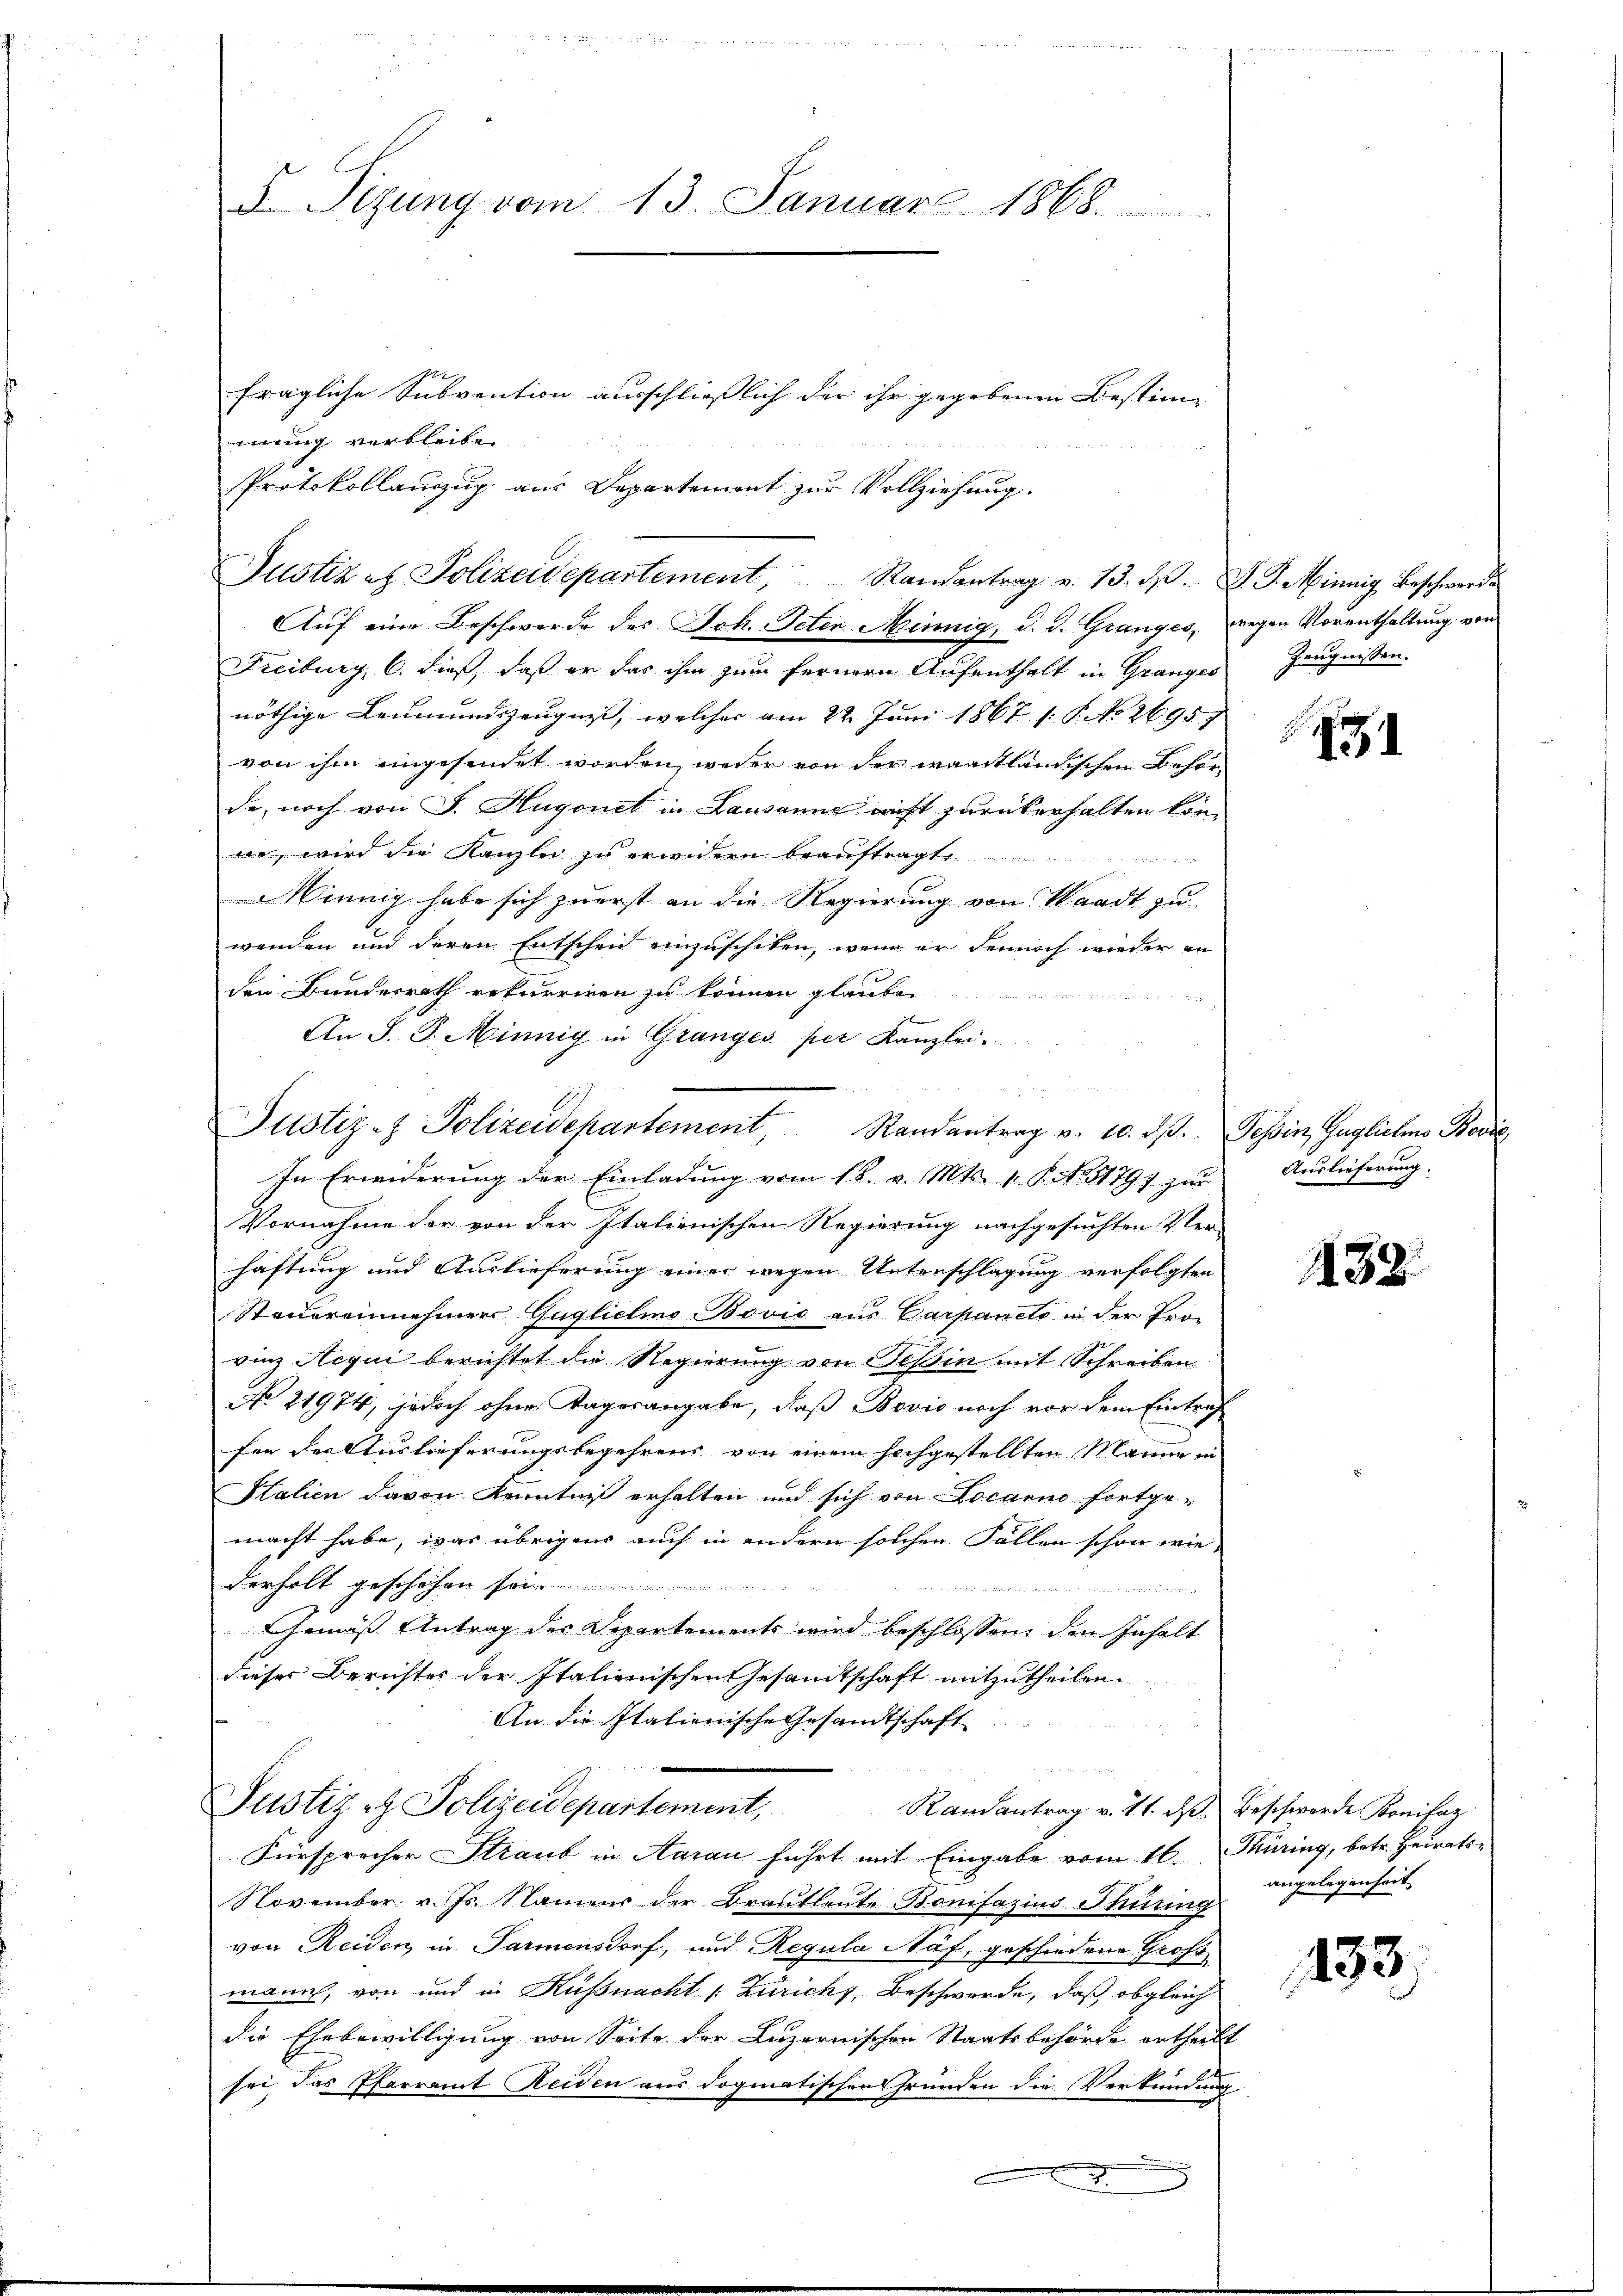
F Sizung vom 13. Januar 1868.

mung verbleiben
Freiburg, C. dieß, daß er das ihm zum fernern Aufenthalt in Granges
nöthige Leumundszeugnis, welcher am 22. Juni 1867 1 S. No 26957
von ihm eingesendet worden, weder von der waadtländischen Beförde, noch von J. Hugonet in Lausanne nicht zurükerhalten kön
ne, wird die Kanzlei zu erwidern beauftragte
innig habe sich zuerst an die Regierung von Waadt zu
wenden und deren Entscheid einzuschiken, wenn er dennoch wieder an
den Bundesrath rekurriren zu können glauben
An J. G. Minnig in Granges per Kanzlei-
Vornahme der von der Italienischen Regierung nachgesuchten Ver-
haftung und Auslieferung einer wegen Unterschlagung verfolgten
Steuereinnehmers Guglichino Bović aus Carpaneto in der Pro-
vinz Acqui berichtet die Regierung von Tessin mit Schreiben
No 21974, jedoch ohne Tagesangabe, daß Bović noch vor dem Eintraf
fen der Auslieferungsbegehrens von einem hochgestellten Manne in
Kalien davon Kenntniß erhalten und sich von Locarno fortge-
macht habe, was übrigens auch in andern solchen Fällen schon wie
derholt geschehen sei
Gemäß Antrag des Departements wird beschlossen, den Inhalt
dieser Berichtes der Italienischen Gesandtschaft mitzutheilen
An die Italienische Gesandtschaft
Justiz - Polizeidepartement,
Randantrag v. 11. ds. Beschwerde Konifaz
Fürsprecher Straub in Aarau führt mit Eingabe vom 16. Turing, betr. Heirats¬
November v. Js. Namens der Brautleute Bonifazius Thüring
von Reiden in Parmensdorf, und Regula Näf, geschiedene Gross
manach, von und in Küssnacht (Zürich, Beschwerde, daß obgleich
die Ehebewilligung von Seite der Luzernischen Staatsbehörde ertheilt
sei das Pfarramt Reiden aus dogmatischen Gründen die Verkündung.

fragliche Subvention ausschließlich der ihr gegebenen Bestim¬
E
Protokollauszug aus Departement zur Vollziehung.

Justiz & Polizeidepartement, Randantrag v. 13. d. J. G. Minnig Beschwerde
Auf eine Beschwerde des Ich. Peter Minnig, d. d. Granges, wegen Vorenthaltung von

Justiz- & Polizeidepartement, Randantrag v. 10. dβ. Tessin, Guglichens Bović
In Erwiderung der Einladung vom 18. v. Mts. 1 S. No. 1797 zur

Zeugnissen.

4

Auslieferung.

138.

angelegenheit.

433.